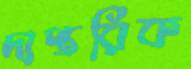
দাপ্তরিক